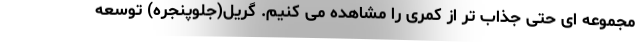
مجموعه ای حتی جذاب تر از کمری را مشاهده می کنیم. گریل(جلوپنجره) توسعه